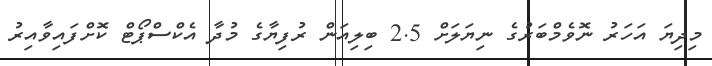
މިދިޔަ އަހަރު ނޮވެމްބަރުގެ ނިޔަލަށް 2.5 ބިލިއަން ރުފިޔާގެ މުދާ އެކްސްޕޯޓް ކޮށްފައިވާއިރު